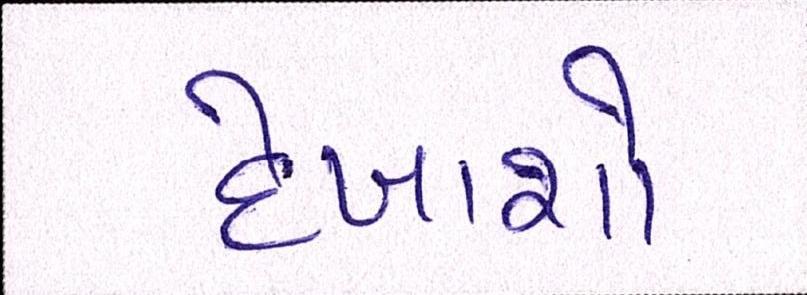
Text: દેખાશો